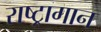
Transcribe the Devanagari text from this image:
राष्ट्रागान